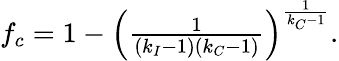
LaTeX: \begin{array}{r}{f_{c}=1-\left(\frac{1}{(k_{I}-1)(k_{C}-1)}\right)^{\frac{1}{k_{C}-1}}.}\end{array}